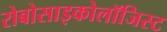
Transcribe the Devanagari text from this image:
रोबोसाइकोलॉजिस्ट